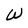
Character: W